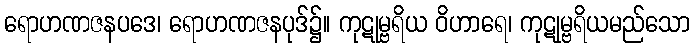
ရောဟဏဇနပဒေ၊ ရောဟဏဇနပုဒ်၌။ ကုဋုမ္ဗရိယ ဝိဟာရေ၊ ကုဋုမ္ဗရိယမည်သော